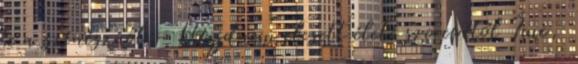
le a színésznőt - Majdnem elesett élete szerepétől Íme,